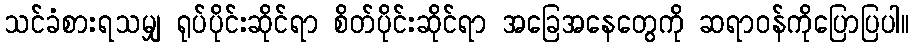
သင်ခံစားရသမျှ ရုပ်ပိုင်းဆိုင်ရာ စိတ်ပိုင်းဆိုင်ရာ အခြေအနေတွေကို ဆရာဝန်ကိုပြောပြပါ။